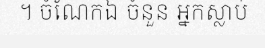
។ ចំណែកឯ ចំនួន អ្នកស្លាប់